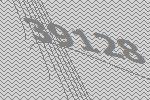
39128